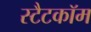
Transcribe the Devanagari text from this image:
स्टैटकॉम